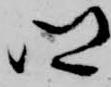
郷